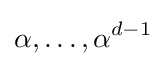
\alpha ,\ldots ,\alpha ^{d-1}